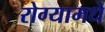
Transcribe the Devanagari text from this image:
रोग्यामधे